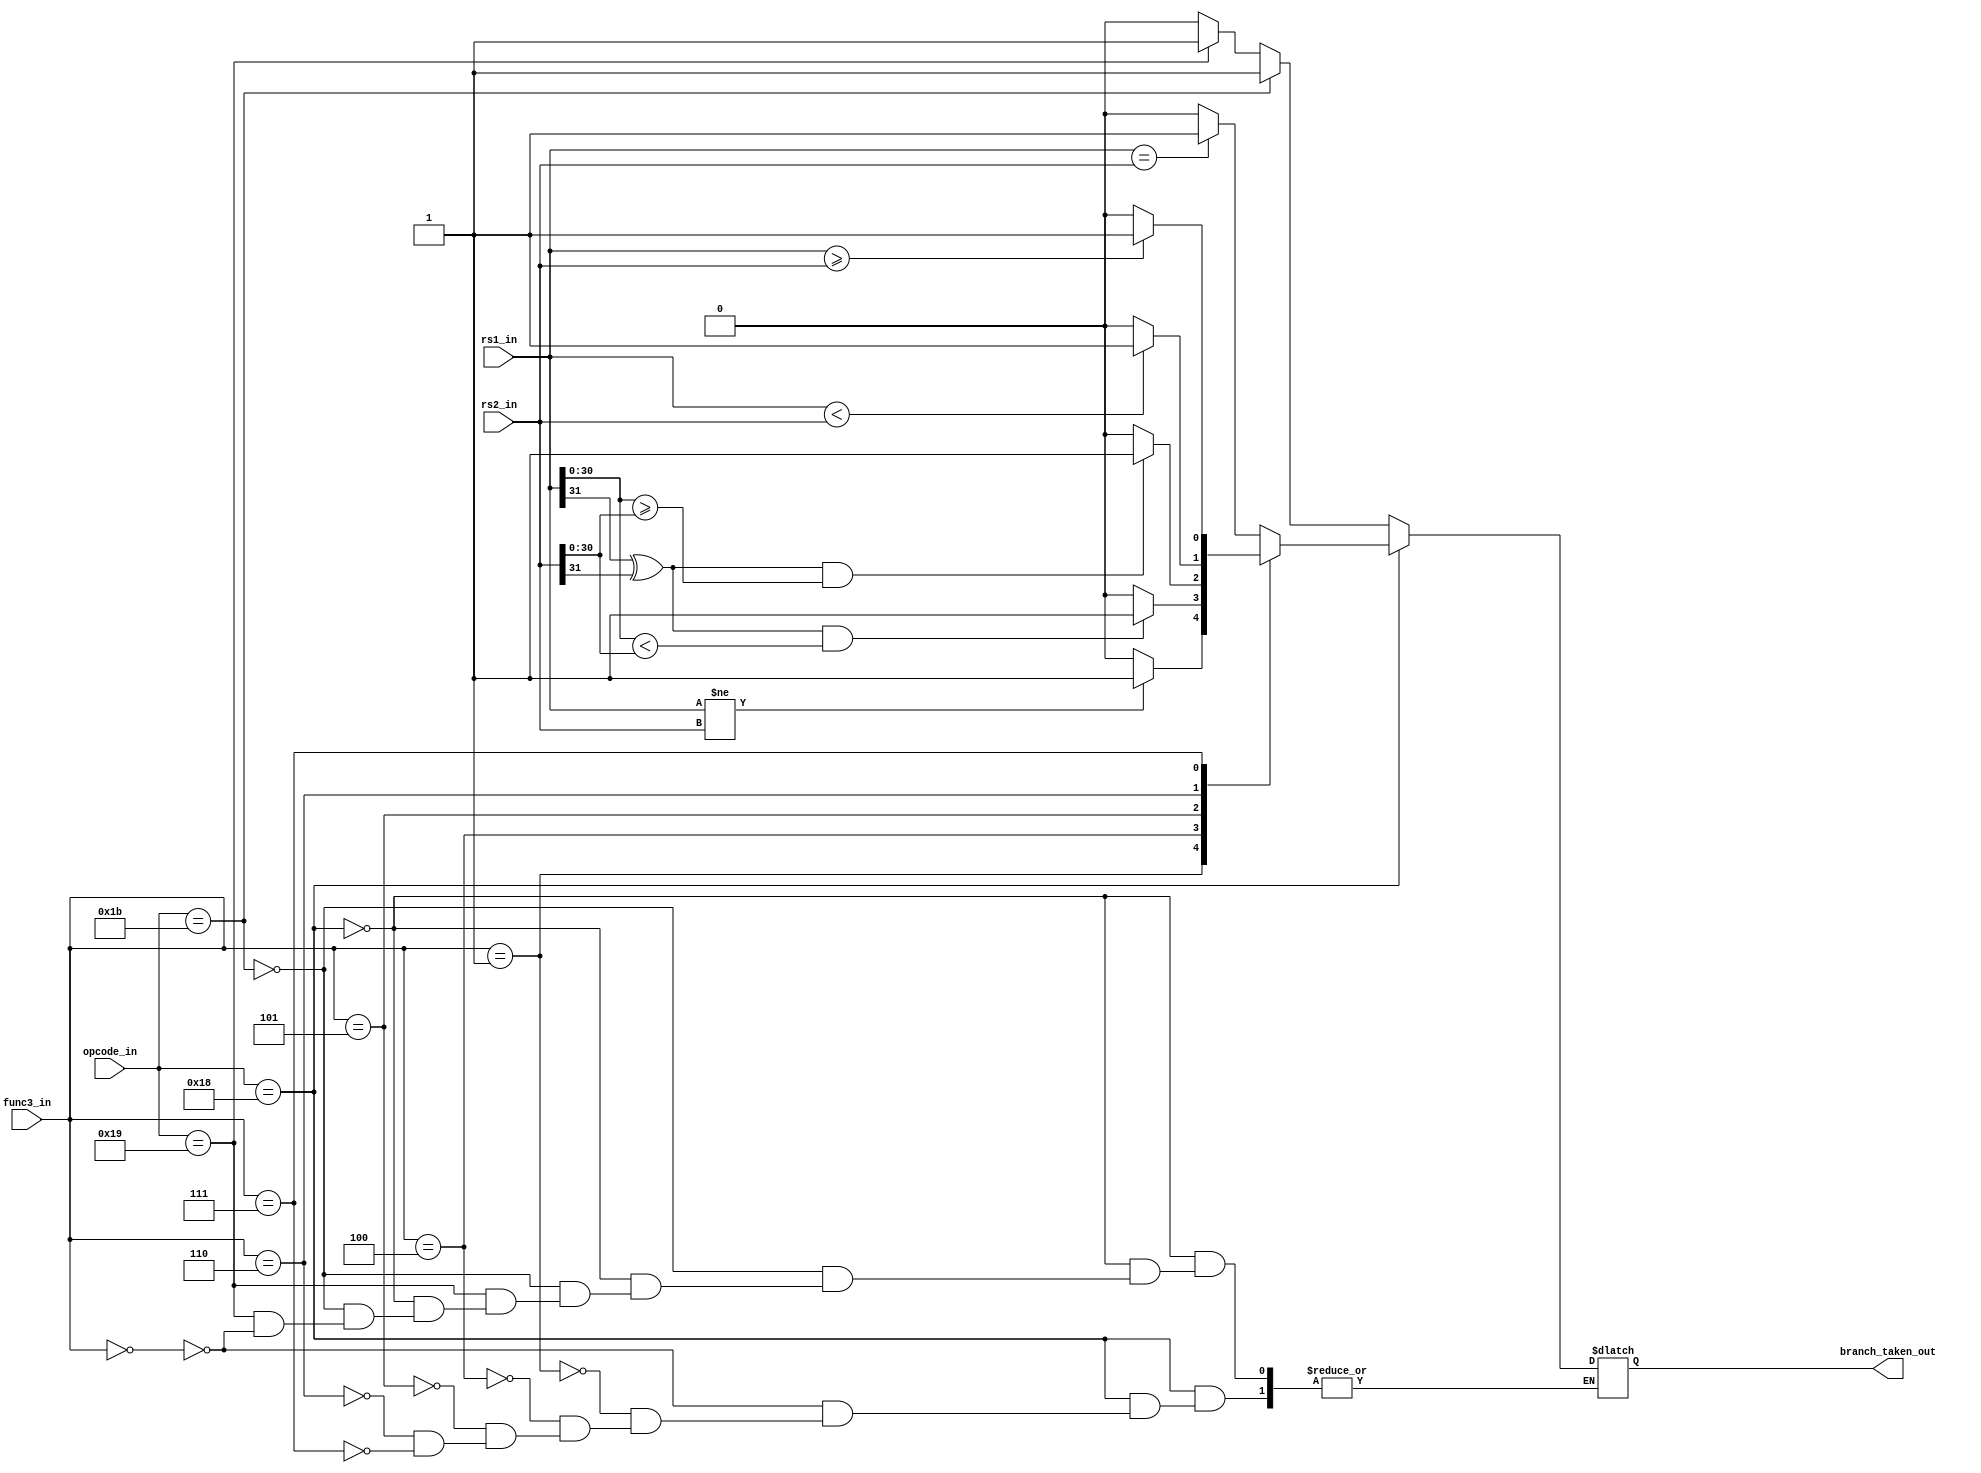
module msrv32_branch_unit (input [31:0]rs1_in,rs2_in,input [6:2] opcode_in,input [2:0] func3_in,output reg branch_taken_out);

always@(*)
begin
	if(opcode_in == 5'b11000)
	begin
		/*if(
			((func3_in == 3'b000)&&(rs1_in==rs2_in))	||
			((func3_in == 3'b001)&&(rs1_in!=rs2_in))	||
			((func3_in == 3'b100)&&(rs1_in[31]^rs2_in)&&(rs1_in[30:0]<rs2_in[30:0]))		|| // rs1 signed
			((func3_in == 3'b101)&&(rs1_in[31]^rs2_in)&&(rs1_in[30:0]>=rs2_in[30:0]))	|| // rs2 signed
			((func3_in == 3'b110)&&(rs1_in<rs2_in))		|| // rs1 unsigned
			((func3_in == 3'b111)&&(rs1_in>=rs2_in))	   // rs2 unsigned
			)
			begin
				branch_taken_out = 1;
			end
		else
			branch_taken_out = 0;
		*/
		
		case(func3_in)
			
			3'b000 : if(rs1_in==rs2_in)
						begin
							branch_taken_out = 1;
						end
					else
						begin
							branch_taken_out = 0;
						end
			3'b001 : if(rs1_in!=rs2_in)
						begin
							branch_taken_out = 1;
						end
					else
						begin
							branch_taken_out = 0;
						end
			3'b100 :if(((rs1_in[31]^rs2_in[31]))&&(rs1_in[30:0]<rs2_in[30:0]))
						begin
							branch_taken_out = 1;
						end
					else
						begin
							branch_taken_out = 0;
						end
			3'b101 : if(((rs1_in[31]^rs2_in[31]))&&(rs1_in[30:0]>=rs2_in[30:0]))
						begin
							branch_taken_out = 1;
						end
					else
						begin
							branch_taken_out = 0;
						end
			3'b110 : if(rs1_in<rs2_in)
						begin
							branch_taken_out = 1;
						end
					else
						begin
							branch_taken_out = 0;
						end
			3'b111 : if(rs1_in>=rs2_in)
						begin
							branch_taken_out = 1;
						end
					else
						begin
							branch_taken_out = 0;
						end
		endcase
	end
	else if(opcode_in == 5'b11011)
		begin
			branch_taken_out = 1;
		end
	else if(opcode_in == 5'b11001)
	begin
		if(func3_in == 3'b000)
			branch_taken_out = 1;
	end
	else	
		begin
			branch_taken_out = 0;
		end
	
end

/// bt = (x[31]^y[31]) ? x[31] : (x[30:0]<y[30:0]);
endmodule